Vital statistics of India. Vol. VI, European troops 1870-79
Year: 1870
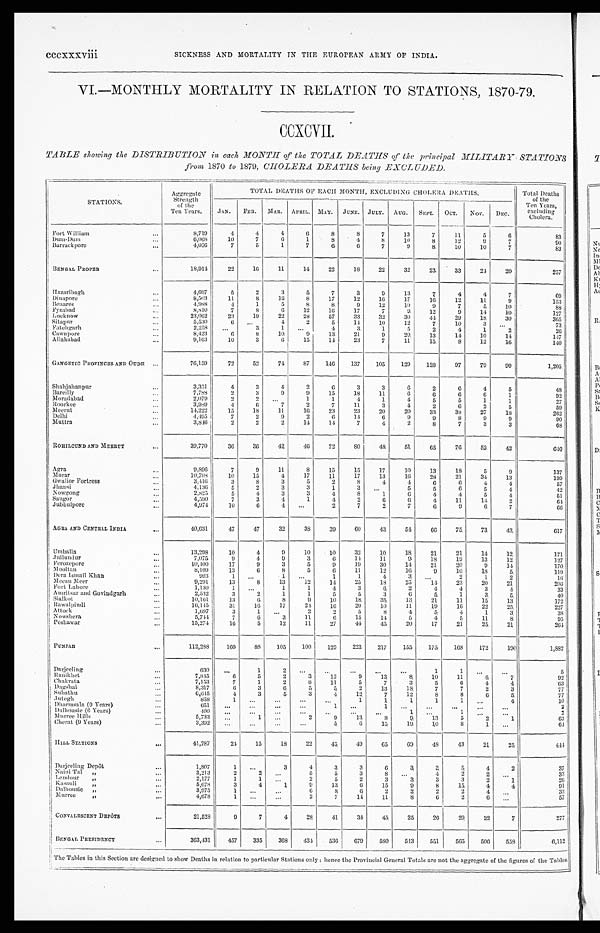
cccxxxviii
SICKNESS AND MORTALITY TN THE EUROPEAN ARMY OF INDIA.
VI.—MONTHLY MORTALITY IN RELATION TO STATIONS, 1870-79.
CCXCVII.
TABLE showing the DISTRIBUTION in each MONTH of the TOTAL DEATHS of the principal MILITARY STATIONS
from 1870 to 1879, CHOLERA DEATHS being EXCLUDED.
STATIONS.
Aggregate
Strength
of the
Ten Years.
TOTAL DEATHS OF EACH MONTH, EXCLUDING CHOLERA DEATHS.
Total Deaths
of the
Ten Years,
excluding
Cholera.
JAN. FEB. MAR. APRIL. MAY. JUNE. JULY. AUG. SEPT. OCT. NOV. DEC.
Fort William
...
8,719
4
4
4
6
8
8
7
13
7
11
5
6
83
Dum-Dum
...
6,068
10
7
6
1
8
4
8
10
8
12
9
7
Barrackpore
...
4,056
7
5
1
7
6
6
7
9
8
10
10
7
83
BENGAL PROPER
...
18,914
22
16
11
14
22
18
22
32
23
33
24
20
257
Hazaribagh
...
4,697
5
2
3
5
7
3
9
13
7
4
4
7
69
Dinapore
...
8,503
11
8
16
8
17
12
10
17
16
12
11
9
153
Benares
...
4,988
4
1
5
8
8
9
12
10
9
7
5
10
88
Fyzabad
...
8,810
7
8
6
12
16
17
7
9
12
9
14
10
127
Lucknow
...
23,062
23
19
22
28
57
33
32
30
44
29
18
30
365
Sitapur
. . .
5,530
6
...
4
2
5
14
10
12
7
10
3
...
73
Fatehgarh
...
2,258
...
3
1
. . .
4
3
1
5
2
4
1
2
26
Cawnpore
...
8,423
6
8
10
9
13
21
9
20
13
14
10
14
147
Allahabad
...
9,163
10
3
6
15
14
23
7
11
15
8
12
16
140
GANGETIC PROVINCES AND OUDH ...
76,159
72
52
74
87
146
137
105
129
128
97
79
9 9
1,205
Shahjahanpur
...
3 , 3 5 1
4
3
4
2
6
3
3
6
2
6
4
5
48
Bareilly
...
7,788
2
3
9
9
15
18
11
6
6
6
6
1
92
Moradabad
...
2,079
2
2
. . .
1
1
4
1
4
5
5
1
1
27
Roorkee
...
3,989
4
6
7
2
7
11
3
4
2
6
2
5
59
Meerut
...
14,222
15
18
11
16
23
23
20
20
33
38
27
18
262
Delhi
...
4 , 4 9 5
7
2
9
2
6
14
6
9
9
8
9
9
90
Muttra
...
3,846
2
2
2
14
14
7
4
2
8
7
3
3
68
ROHILCUND AND MEERUT
...
39,770
36
36
42
46
72
80
48
51
65
76
52
42
610
Agra
...
9 , 8 9 6
7
9
11
8
15
15
17
10
13
18
5
9
137
Morar
...
10,708
10
15
4
17
11
17
13
16
28
21
34
13
199
Gwalior Fortress
...
3,416
3
8
3
5
2
8
4
4
6
6
4
4
57
Jhansi
...
4,136
5
2
3
3
1
3
. . .
5
5
6
5
4
42
Nowgong
...
2,825
5
4
3
3
4
8
1
6
4
4
5
4
51
Saugor
...
4,590
7
3
4
1
4
2
6
6
4
11
14
2
6 4
Jubbulpore
...
4,974
10
6
4
...
2
7
2
7
6
9
6
7
66
AGRA AND CENTRAL INDIA
...
4 0 , 6 3 1
47
47
32
38
39
60
43
54
6 6
75
73
43
617
Umballa
...
13,298
10
4
9
10
10
32
10
18
21
21
14
12
171
Jullundur
...
7,075
9
4
9
3
6
14
11
9
18
19
13
12
127
Ferozepore
...
10,400
17
9
3
5
9
19
30
14
21
20
9
14
170
Mooltan
...
8,109
13
6
8
5
6
11
12
16
9
10
18
5
119
Dera Ismail Khan
...
993
1
. . .
1
...
1
1
4
3
. . .
2
1
2
1 6
Meean Meer
...
9,291
13
8
13
12
14
25
18
25
14
23
20
21
206
Fort Lahore
...
1,130
1
. . .
1
1
4
3
6
2
4
4
3
4
33
Amritsar and Goviudgar
h
...
2,532
3
2
1
1
5
5
3
6
5
1
3
5
40
Sialkot
...
10,161
13
6
8
9
10
18
35
13
21
11
15
13
172
Rawalpindi
...
16,145
31
16
17
24
16
20
10
11
19
16
22
25
227
Attock
...
1,697
3
1
...
2
2
5
8
4
5
4
1
3
38
Nowshera
...
5,744
7
6
3
11
6
15
14
5
4
5
11
8
95
Peshawar
. . .
15,274
16
5
12
11
2 7
44
45
20
17
21
25
21
264
PUNJAB
...
112,288
160
88
105
100
129
223
217
155
175
168
172
190
1,882
Darjeeling
...
630
...
1
2
. . .
. . . ...
. . .
...
1
1
. . . . . .
5
Ranikhet
...
7,845
6
5
2
3
12
9
13
8
10
11
6
7
92
Chakrata
...
7,153
7
1
2
8
11
5
7
3
5
6
4
4
63
Dagshai
...
8,317
6
3
6
5
5
2
13
18
7
7
2
3
77
Subathu
...
6,645
4
3
5
3
4
12
7
12
8
8
6
5
77
Jutogh
...
858
1
. . .
. . .
...
. . .
1
1
1
1
1
...
4
10
Dharmsala (9 Years)
...
651
...
...
. . .
...
1
...
. . .
. . . ...
...
...
...
2
Dalhousie (6 Years)
...
400
. . .
. . .
. . .
. . .
. . .
...
...
1 ...
1
...
. . .
2
Murree Hills
...
5,733
...
1
. . .
2
9
13
8
9
13
5
2
1
63
Cherat (9 Years)
...
3,392
. . . ...
. . .
...
5
6
15
19
10
8
1
. . .
6 4
HILL STATIONS
...
41,787
24
15
18
22
45
49
65
69
48
43
21
25
444
Darjeeling Depôt
...
1,807
1
. . .
3
4
3
3
6
3
3
5
4
2
37
Naini Tal „
...
3,213
2
2 ...
5
5
3
8 ...
4
2
2
. . .
33
Landour „
...
2,177
1
1
...
2
5
2
3
3
3
3
2
1
2 6
Kasauli „
...
5,678
3
4
1
9
13
6
15
9
8
15
4
4
91
Dalhousie „
...
3,975
1
...
. .
6
8
6
2
2
2
2
4
. . .
33
Murree „
...
4,678
1
. . .
...
2
7
14
11
8
6
2
6
. . . 57
CONVALRSCENT DEPÔT
S
...
21,528
9
7
4
28
41
34
45
25
26
29
22
7
277
B E N G A L P R E S I D E N C Y
. . .
3 6 3 , 4 3 1
457
335
368
434
536
679
580
543
551
565
506
558
6,112
The Tables in this Section are designed to show Deaths in relation to particular Stations only : hence the Provincial General Totals are not the aggregate of the figures of the Tables.